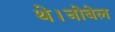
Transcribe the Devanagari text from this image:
थे।नोबेल